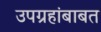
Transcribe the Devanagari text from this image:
उपग्रहांबाबत